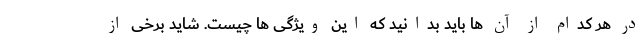
در هر کدام از آن ها باید بدانید که این ویژگی ها چیست. شاید برخی از